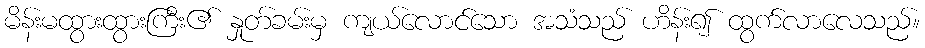
မိန်းမထွားထွားကြီး၏ နှုတ်ခမ်းမှ ကျယ်လောင်သော အသံသည် ဟိန်း၍ ထွက်လာလေသည်။